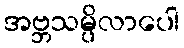
အဗ္ဘသမ္ပိလာပေါ